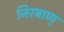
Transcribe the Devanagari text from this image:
निरबाण्